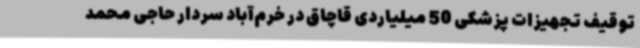
توقیف تجهیزات پزشکی 50 میلیاردی قاچاق در خرم‌آباد سردار حاجی محمد